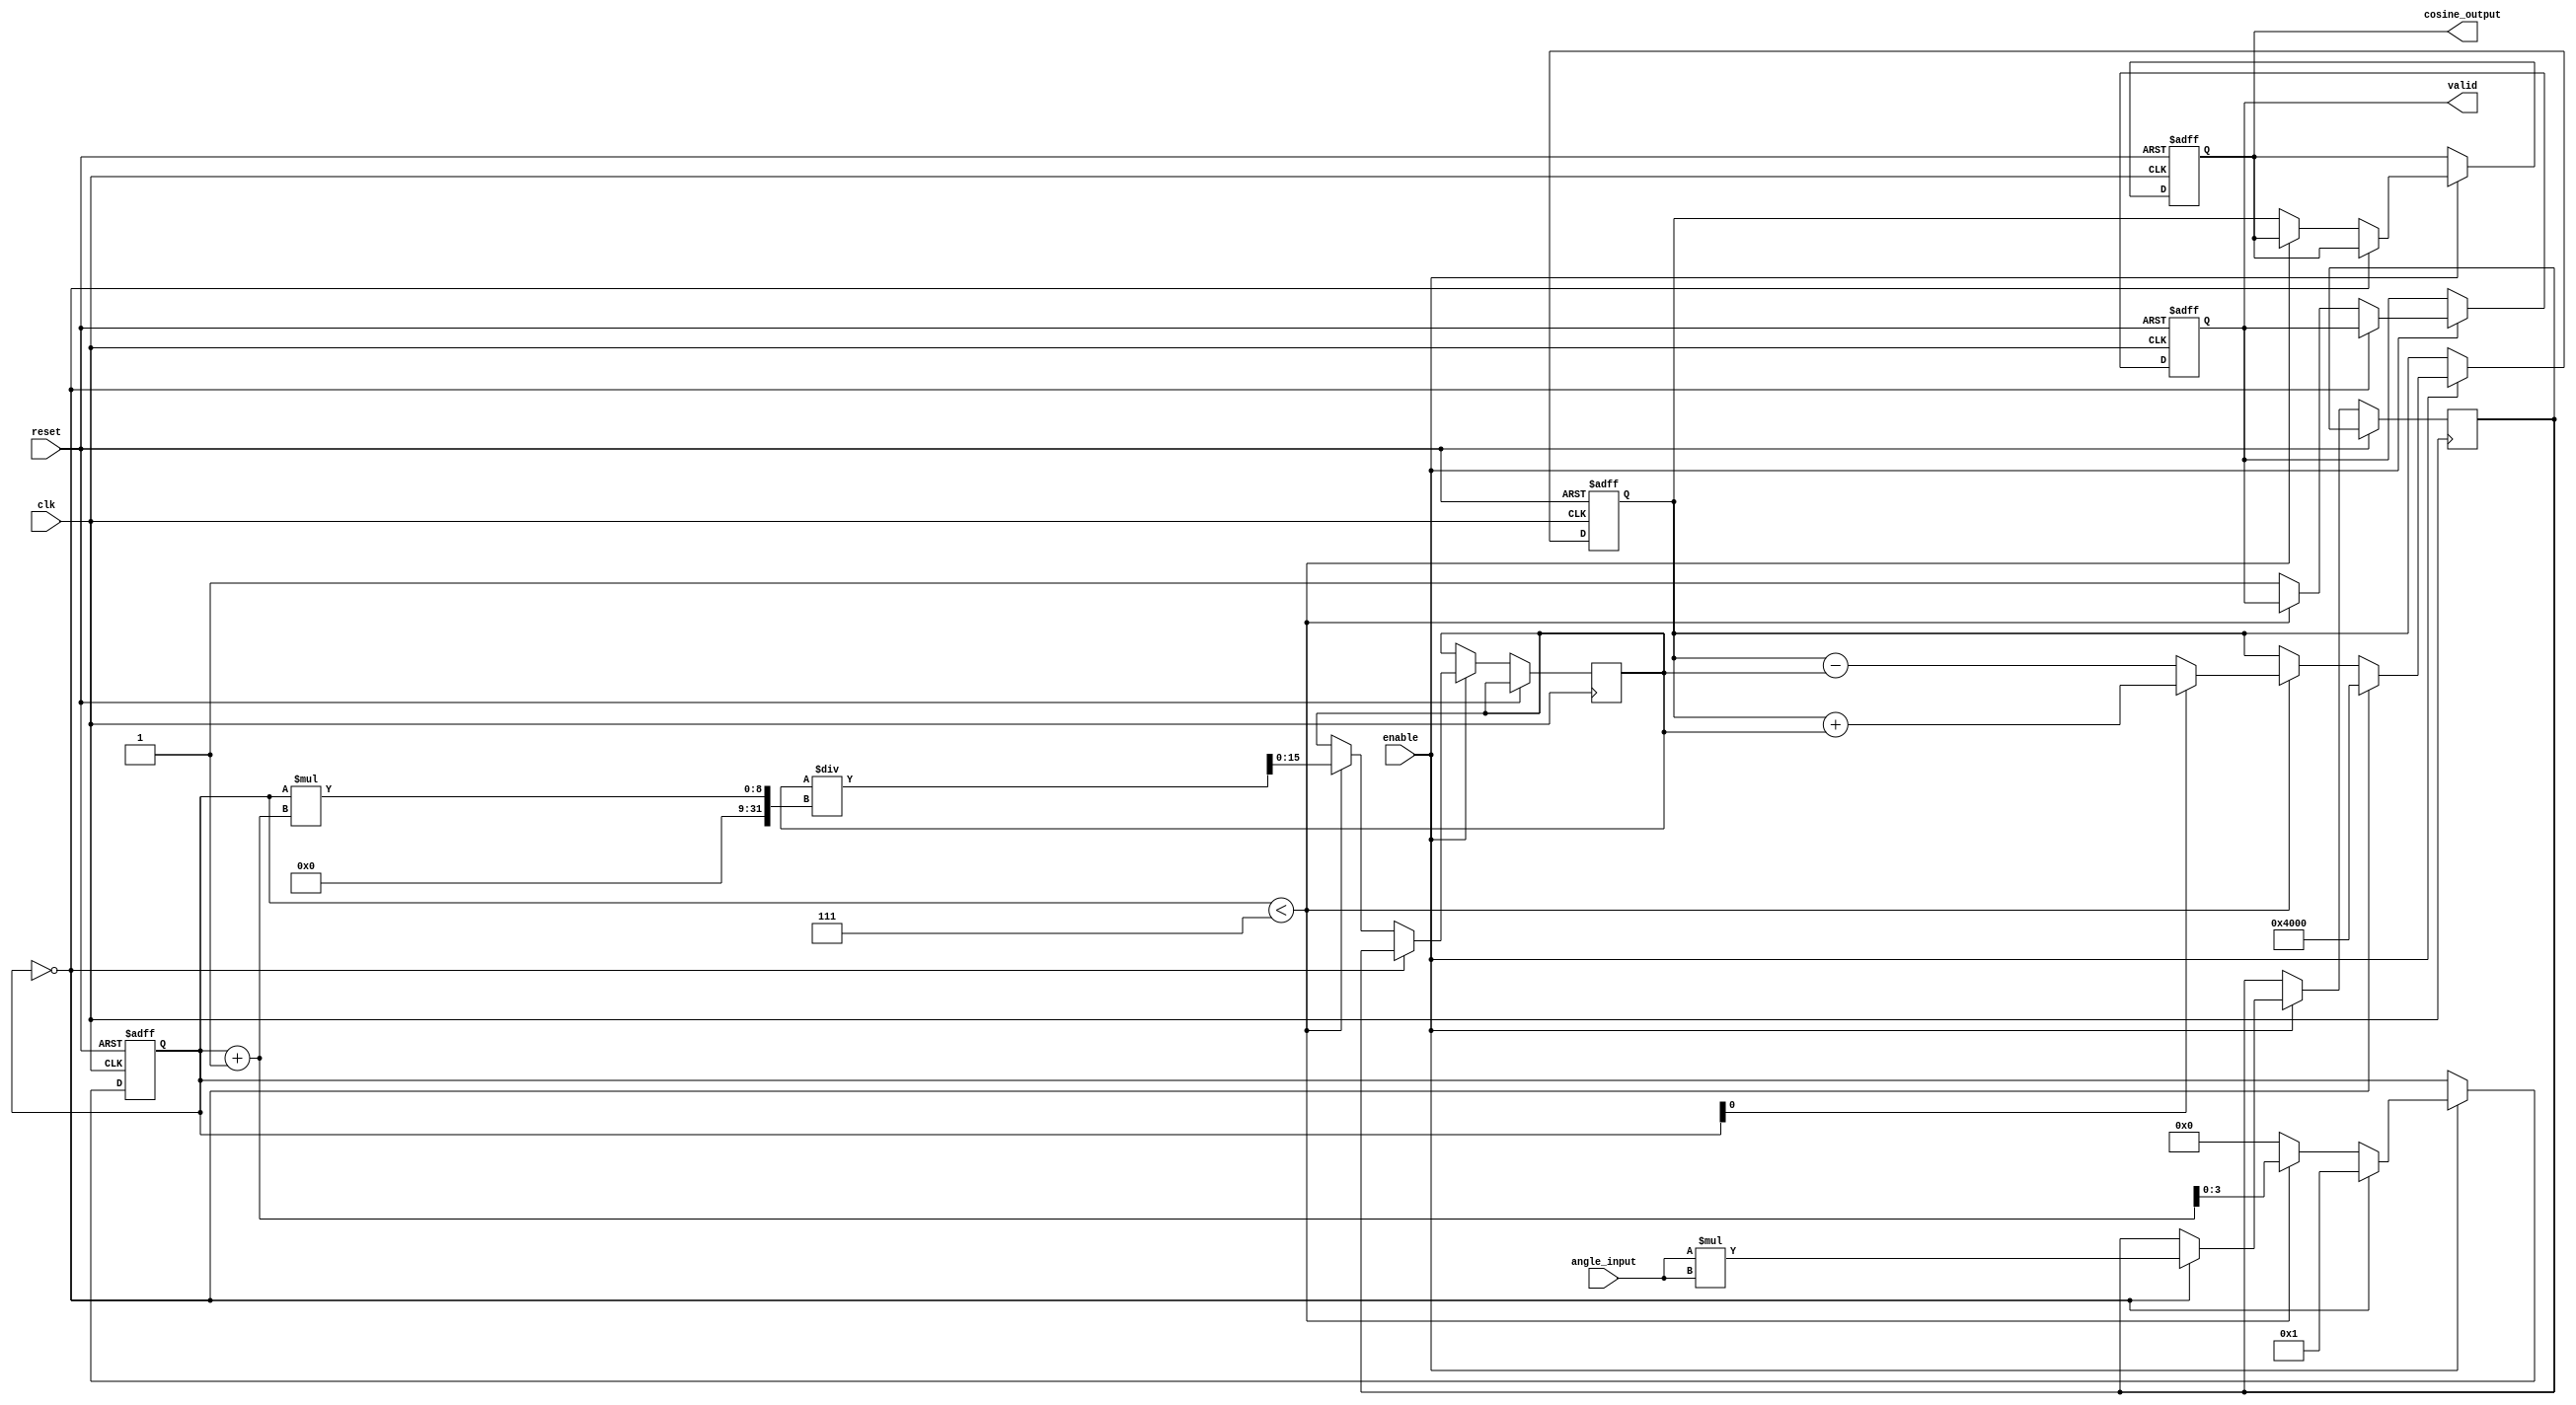
module cosine_block (
    input wire clk,
    input wire reset,
    input wire enable,
    input wire [15:0] angle_input, // Fixed-point representation of angle in radians
    output reg [15:0] cosine_output, // Fixed-point cosine output
    output reg valid // Indicates when the output is valid
);

    // Constants for Taylor series coefficients
    parameter COEFF_0 = 16'h4000; // 1.0 in fixed-point
    parameter COEFF_2 = 16'hC000; // -1/2! = -0.5 in fixed-point
    parameter COEFF_4 = 16'h3F00; // 1/4! = 0.041666 in fixed-point
    parameter COEFF_6 = 16'hBF00; // -1/6! = -0.166666 in fixed-point

    // Internal variables
    reg [15:0] angle_squared;
    reg [15:0] term;
    reg [3:0] count;
    reg [15:0] result;
    
    // State machine for computation
    always @(posedge clk or posedge reset) begin
        if (reset) begin
            cosine_output <= 16'h0000;
            valid <= 1'b0;
            count <= 4'b0000;
            result <= 16'h0000;
        end else if (enable) begin
            if (count == 4'b0000) begin
                // Initialize calculation
                result <= COEFF_0; // Start with the first term (1)
                angle_squared <= angle_input * angle_input; // ^2
                term <= angle_squared; // First term for -^2/2!
                count <= 4'b0001; // Move to the next term
            end else if (count < 4'b0111) begin
                // Compute the next term in the Taylor series
                if (count[0] == 1'b0) begin // Even terms
                    result <= result - term; // Add the term
                end else begin // Odd terms
                    result <= result + term; // Subtract the term
                end
                
                // Update term for the next iteration
                term <= (term * angle_squared) >> 16; // Multiply by ^2 and shift down
                term <= term / (count * (count + 1)); // Divide by factorial
                
                count <= count + 1; // Increment term counter
            end else begin
                // Final output after computing 4 terms
                cosine_output <= result;
                valid <= 1'b1; // Output is valid
                count <= 4'b0000; // Reset for the next computation
            end
        end
    end
endmodule